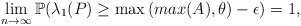
\begin{align*} \lim_{n \to \infty}{\mathbb{P}(\lambda_1(P) \geq \max{(max(A),\theta)}-\epsilon)}=1,\end{align*}